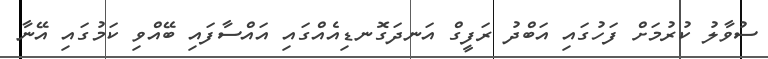
ސުވާލު ކުރުމަށް ފަހުގައި އަބްދު ރަފީގް އަނދަގޮނޑިއެއްގައި އައްސާފައި ބޭއްވި ކަމުގައި އޭނާ